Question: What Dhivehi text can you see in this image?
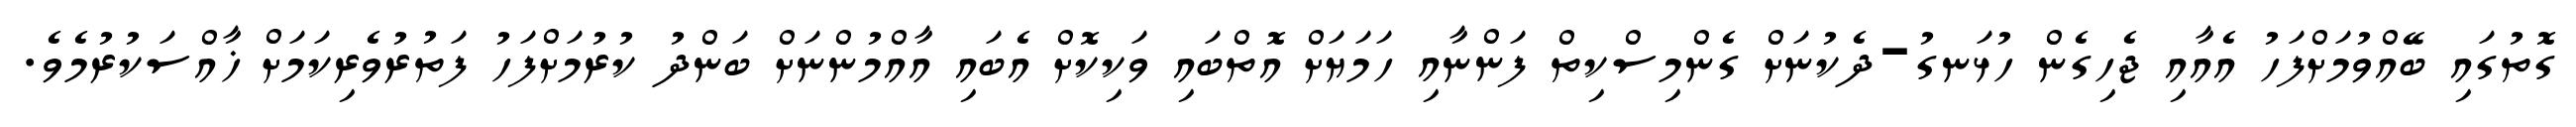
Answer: ގޮތުގައި ބޭއްވުމަށްފަހު އެއާއި ޖެހިގެން ހުޅަނގު-ދެކުނަށް ގެންމިސްކިތް ފަންނާއި ހަމަޔަށް އޮތްބައި ވަކިކޮށް އެބައި އާއްމުންނަށް ބަންދު ކުރުމަށްފަހު ފަތުރުވެރިކަމަށް ޚާއްސަކުރުމެވެ.